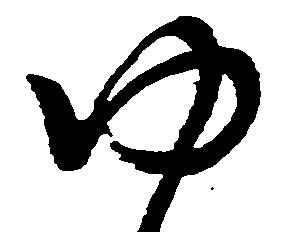
ゆ